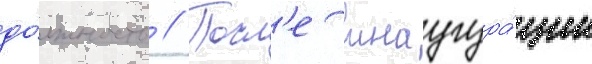
до́лжность // Посл'е инаугура́ции